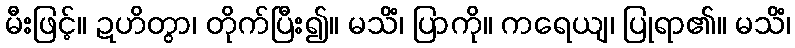
မီးဖြင့်။ ဍဟိတွာ၊ တိုက်ပြီး၍။ မသိံ၊ ပြာကို။ ကရေယျ၊ ပြုရာ၏။ မသိံ၊